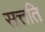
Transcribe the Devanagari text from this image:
सत्तति